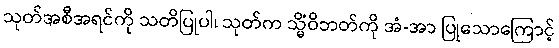
သုတ်အစီအရင်ကို သတိပြုပါ၊ သုတ်က သ္မိံဝိဘတ်ကို အံ-အာ ပြုသောကြောင့်